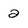
Character: 2